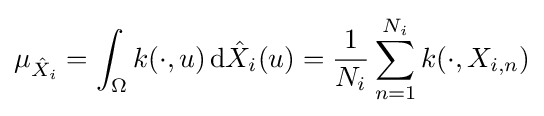
\mu _{{\hat {X}}_{i}}=\int _{\Omega }k(\cdot ,u)\,\mathrm {d} {\hat {X}}_{i}(u)={\frac {1}{N_{i}}}\sum _{n=1}^{N_{i}}k(\cdot ,X_{i,n})